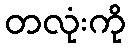
တလုံးကို